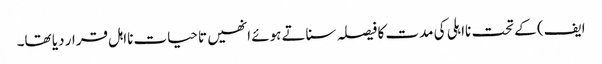
ایف) کے تحت نااہلی کی مدت کا فیصلہ سناتے ہوئے انھیں تاحیات نااہل قرار دیا تھا۔